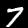
Digit: 7